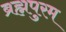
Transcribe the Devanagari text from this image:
ब्रह्मपुरम